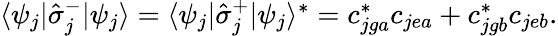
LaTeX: \begin{array}{r}{\langle\psi_{j}|\hat{\sigma}_{j}^{-}|\psi_{j}\rangle=\langle\psi_{j}|\hat{\sigma}_{j}^{+}|\psi_{j}\rangle^{*}=c_{jga}^{*}c_{jea}+c_{jgb}^{*}c_{jeb}.}\end{array}